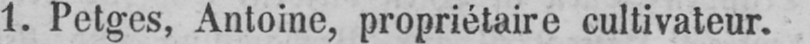
1. Petges, Antoine, propriétaire cultivateur.